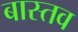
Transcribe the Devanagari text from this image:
बास्तव